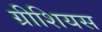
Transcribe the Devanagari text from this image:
ग्रीशियस